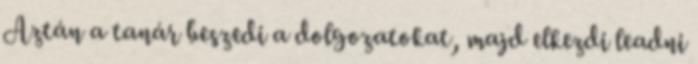
Aztán a tanár beszedi a dolgozatokat, majd elkezdi leadni